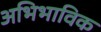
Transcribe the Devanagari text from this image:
अभिभाविक